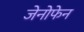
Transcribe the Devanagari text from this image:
जेनोफेन